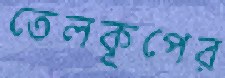
তেলকূপের